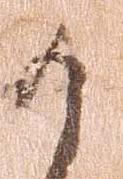
か